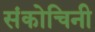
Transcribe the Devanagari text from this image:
संकोचिनी